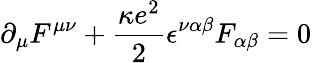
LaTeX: \partial_{\mu}F^{\mu\nu}+\frac{\kappa e^{2}}{2}\epsilon^{\nu\alpha\beta}F_{\alpha\beta}=0